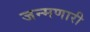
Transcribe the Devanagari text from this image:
जन्मणारी